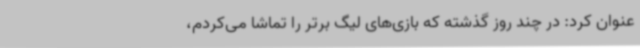
عنوان کرد: در چند روز گذشته که بازی‌های لیگ برتر را تماشا می‌کردم،